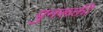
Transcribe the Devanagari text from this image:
पुनरूक्ती